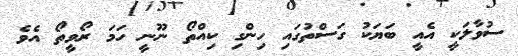
ސުވާލަކީ އެއީ ބަޔަކު ގަސްތުގައި ހިންގި ކިއްތޯ ނޫނީ ހަމަ ރޯވީތޯ އެވެ